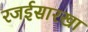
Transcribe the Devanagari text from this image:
रजईसारखा